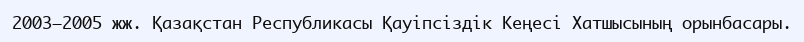
2003—2005 жж. Қазақстан Республикасы Қауіпсіздік Кеңесі Хатшысының орынбасары.